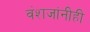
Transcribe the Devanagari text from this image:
वंशजांनीही